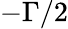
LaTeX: -\Gamma/2